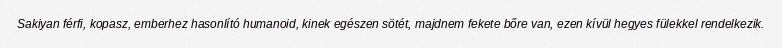
Sakiyan férfi, kopasz, emberhez hasonlító humanoid, kinek egészen sötét, majdnem fekete bőre van, ezen kívül hegyes fülekkel rendelkezik.